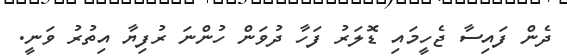
ދެން ފައިސާ ޖެހީމައި ޑޮލަރު ފަހާ ދުވަން ހުންނަ ރުފިޔާ އިތުރު ވަނީ.